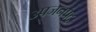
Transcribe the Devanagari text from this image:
उपजनपद